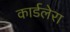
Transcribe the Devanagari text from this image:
कार्डलेरा